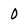
Character: 0